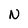
Character: N